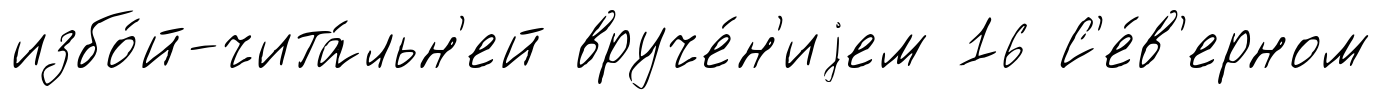
избо́й-чита́льн'ей вруче́н'иjем 16 С'е́в'ерном